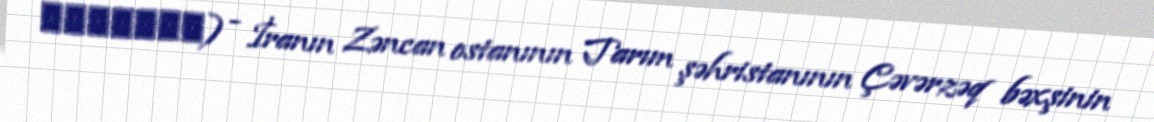
دستجرده) - İranın Zəncan ostanının Tarım şəhristanının Çəvərzəq bəxşinin